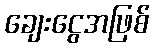
ချေးငွေအဖြစ်